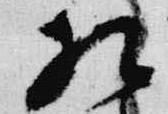
相